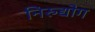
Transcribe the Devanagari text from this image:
निरुद्योग